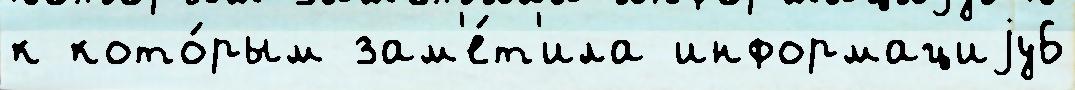
к кото́рым зам'е́т'ила информациjу6